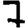
Digit: 7